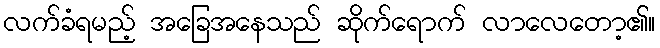
လက်ခံရမည့် အခြေအနေသည် ဆိုက်ရောက် လာလေတော့၏။